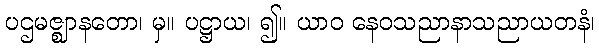
ပဌမဇ္ဈာနတော၊ မှ။ ပဋ္ဌာယ၊ ၍။ ယာဝ နေဝသညာနာသညာယတနံ၊